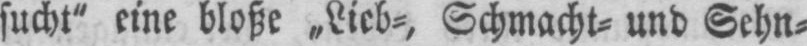
sucht“ eine bloße „Lieb⸗, Schmacht⸗ und Sehn⸗